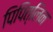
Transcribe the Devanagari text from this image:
पिपित्लिन